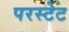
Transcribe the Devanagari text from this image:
परस्टेट